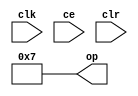
module constant_204e9a8bfd (
  output [(6 - 1):0] op,
  input clk,
  input ce,
  input clr);
  localparam [(6 - 1):0] const_value = 6'b000111;
  assign op = 6'b000111;
endmodule